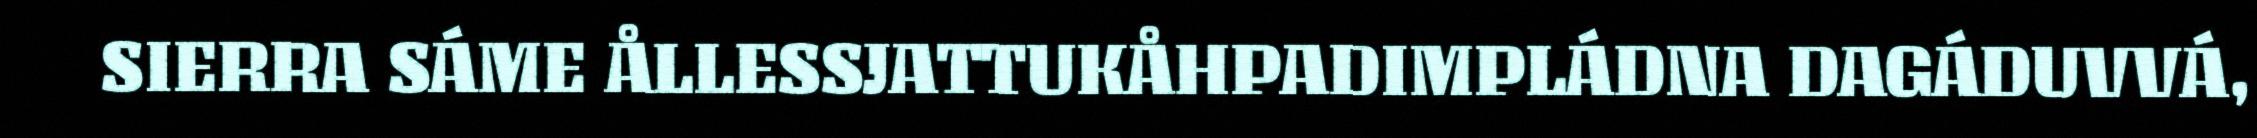
SIERRA SÁME ÅLLESSJATTUKÅHPADIMPLÁDNA DAGÁDUVVÁ,